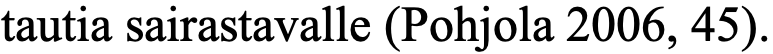
tautia sairastavalle (Pohjola 2006, 45).